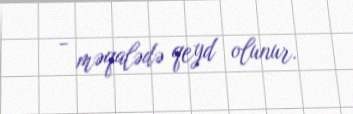
- məqalədə qeyd olunur.